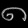
Digit: ၈